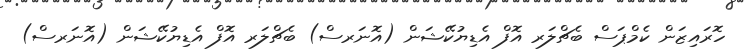
ހޮރައިޒަން ކެމްޕަސް ބެޗްލަރ އޮފް އެޑިޔުކޭޝަން (އޮނަރސް) ބެޗްލަރ އޮފް އެޑިޔުކޭޝަން (އޮނަރސް)